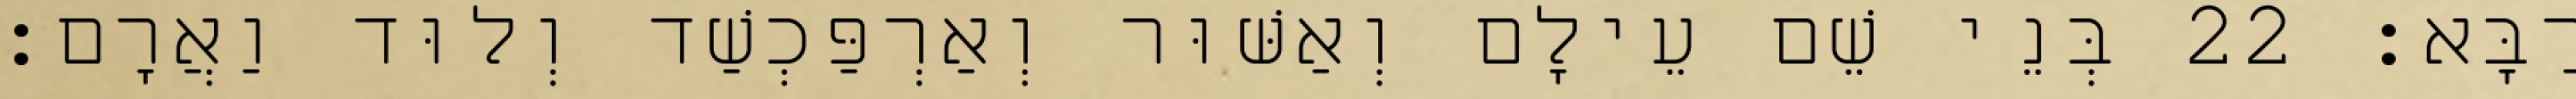
רַבָּא׃ 22 בְּנֵי שֵׁם עֵילָם וְאַשּׁוּר וְאַרְפַּכְשַׁד וְלוּד וַאֲרָם׃